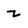
Character: Z